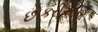
છોકરીઓના